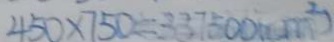
4 5 0 \times 7 5 0 = 3 3 7 5 0 0 ( c m ^ { 2 } )